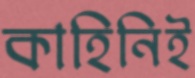
কাহিনিই